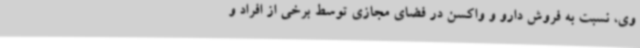
وی، نسبت به فروش دارو و واکسن در فضای مجازی توسط برخی از افراد و